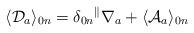
LaTeX: \begin{align*}\langle{\cal D}_a\rangle_{0n}=\delta_{0n}{}^\parallel\nabla_a+\langle{\cal A}_a\rangle_{0n}\end{align*}